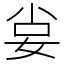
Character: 𡜛